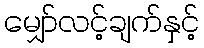
မျှော်လင့်ချက်နှင့်